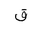
Letter: _qaf